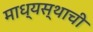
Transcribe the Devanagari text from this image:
माध्यस्थाची